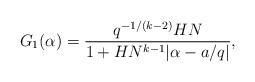
\begin{align*}G_1(\alpha)=\frac{q^{-1/(k-2)}HN}{1+HN^{k-1}|\alpha-a/q|},\end{align*}